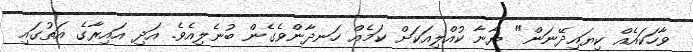
ވާހަކައެއް ކިޔައިދޭނަން" ޔާނާ ކުއްލިއަކަށް ކަމެއް ހަނދާންވެގެން ބުނެލިއެވެ. އަދި އައިރާގެ އަތުގައި